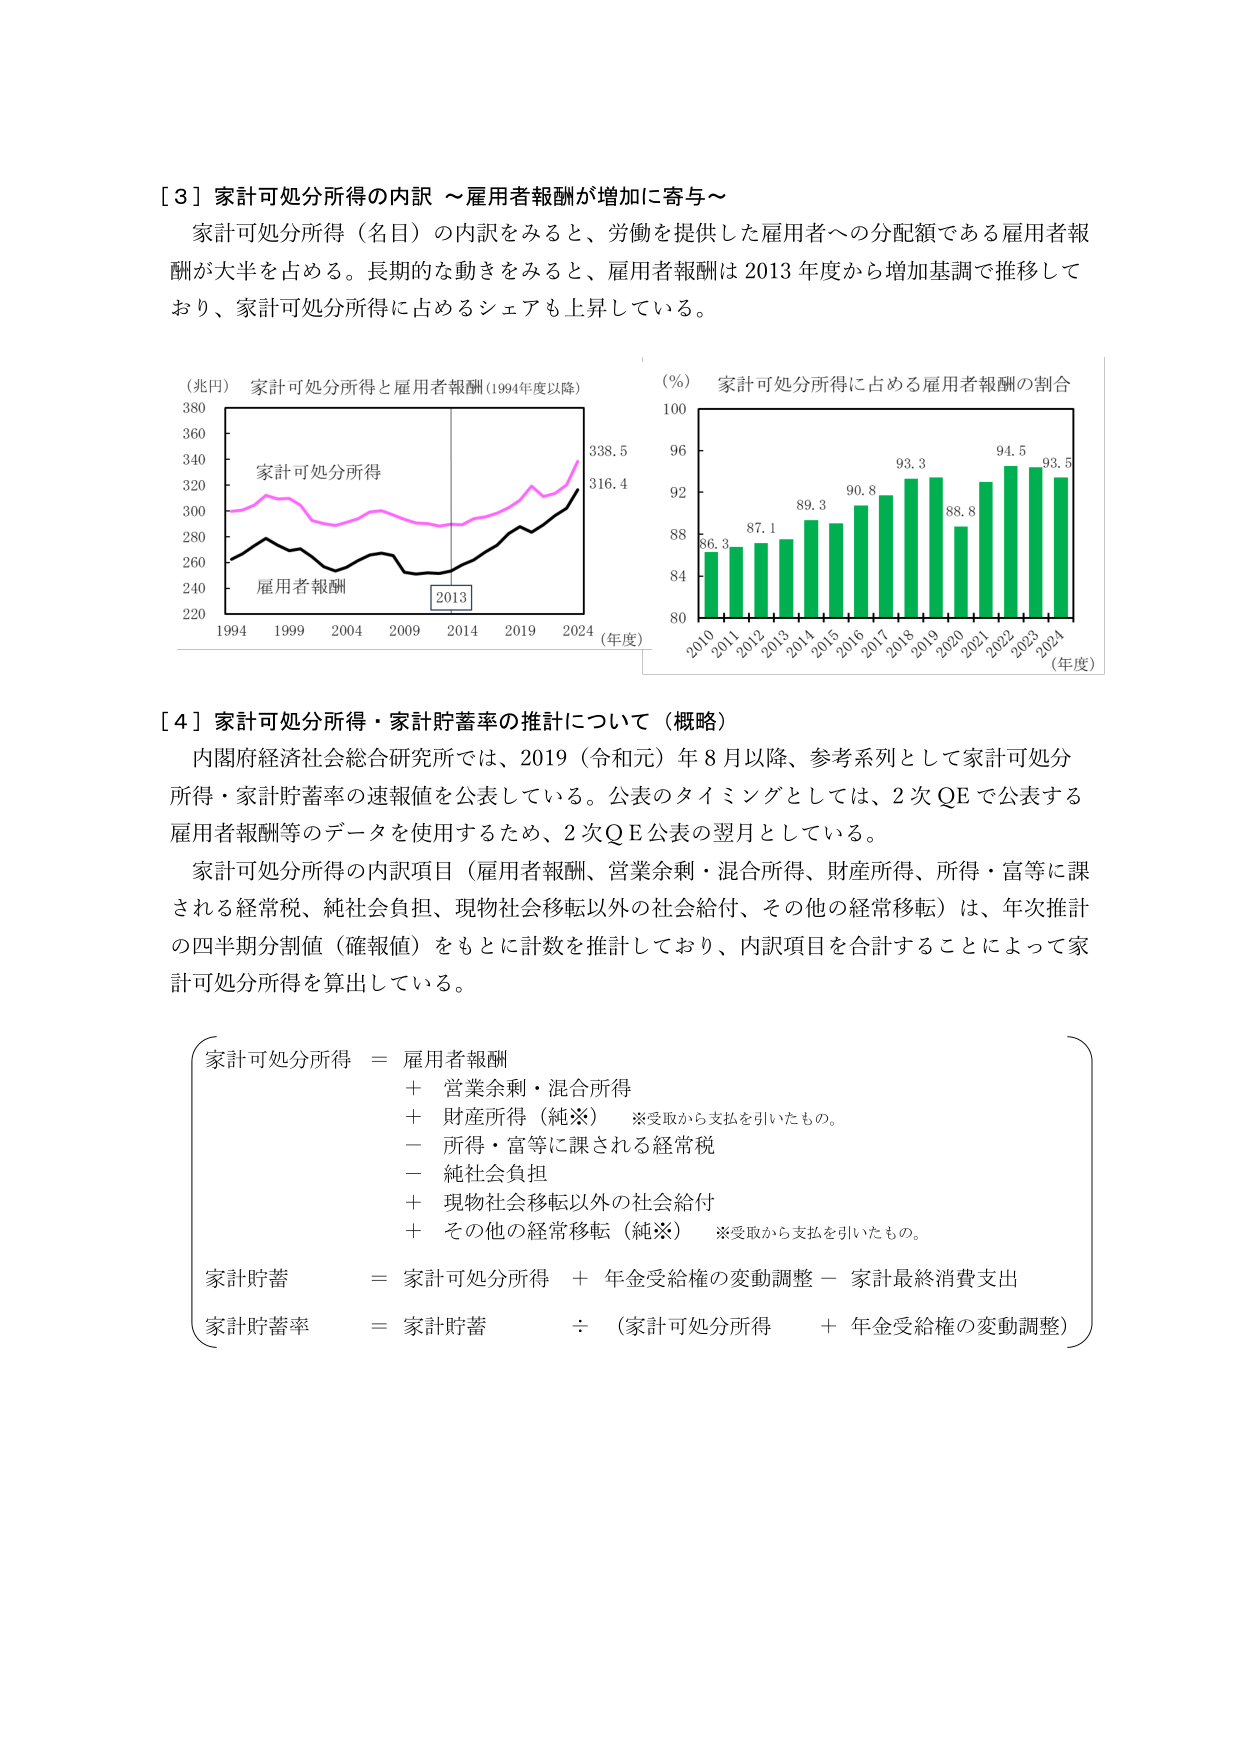
［３］家計可処分所得の内訳 ～雇用者報酬が増加に寄与～

家計可処分所得（名目）の内訳をみると、労働を提供した雇用者への分配額である雇用者報酬が大半を占める。長期的な動きをみると、雇用者報酬は2013年度から増加基調で推移しており、家計可処分所得に占めるシェアも上昇している。

（兆円） 家計可処分所得と雇用者報酬（1994年度以降）
380
360
340
320
300
280
260
240
220
家計可処分所得
雇用者報酬
2013
1994 1999 2004 2009 2014 2019 2024 （年度）
338.5
316.4

（％） 家計可処分所得に占める雇用者報酬の割合
100
96
92
88
84
80
86.3 87.1 89.3 90.8 93.3 88.8 94.5 93.5
2010 2011 2012 2013 2014 2015 2016 2017 2018 2019 2020 2021 2022 2023 2024 （年度）

［４］家計可処分所得・家計貯蓄率の推計について（概略）

内閣府経済社会総合研究所では、2019（令和元）年8月以降、参考系列として家計可処分所得・家計貯蓄率の速報値を公表している。公表のタイミングとしては、2次QEで公表する雇用者報酬等のデータを使用するため、2次QE公表の翌月としている。

家計可処分所得の内訳項目（雇用者報酬、営業余剰・混合所得、財産所得、所得・富等に課される経常税、純社会負担、現物社会移転以外の社会給付、その他の経常移転）は、年次推計の四半期分割値（確報値）をもとに計数を推計しており、内訳項目を合計することによって家計可処分所得を算出している。

家計可処分所得 ＝ 雇用者報酬
＋ 営業余剰・混合所得
＋ 財産所得（純※） ※受取から支払を引いたもの。
－ 所得・富等に課される経常税
－ 純社会負担
＋ 現物社会移転以外の社会給付
＋ その他の経常移転（純※） ※受取から支払を引いたもの。

家計貯蓄 ＝ 家計可処分所得 ＋ 年金受給権の変動調整 － 家計最終消費支出

家計貯蓄率 ＝ 家計貯蓄 ÷ （家計可処分所得 ＋ 年金受給権の変動調整）